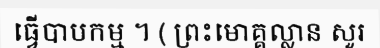
ធ្វើបាបកម្ម ។ ( ព្រះមោគ្គល្លាន សួរ